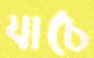
যাচে